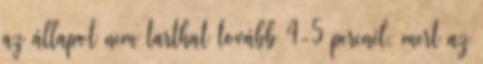
az állapot nem tarthat tovább 4-5 percnél, mert az